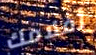
أفلامك